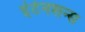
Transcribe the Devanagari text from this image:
इंटेनशन्स